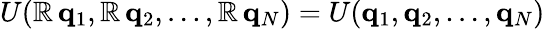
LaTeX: U(\mathbb{R}\, \mathbf{{q}}_{1},\mathbb{R}\, \mathbf{{q}}_{2},\dots,\mathbb{R}\, \mathbf{{q}}_{N})=U(\mathbf{{q}}_{1},\mathbf{{q}}_{2},\dots,\mathbf{{q}}_{N})